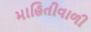
માહિતીવાળી